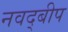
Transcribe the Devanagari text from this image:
नवद्बीप